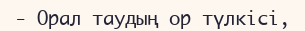
- Орал таудың ор түлкісі,